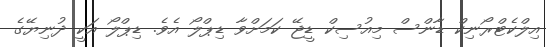
އިލްކެޓްރޯނިކް ޑާންސް މިއުސިކް ޑީޖޭ ކަމަށްވާ ޑިޕްލޯ އެވެ. ޑިޕްލޯ އަކީ ދުނިޔޭގެ